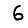
Digit: 6